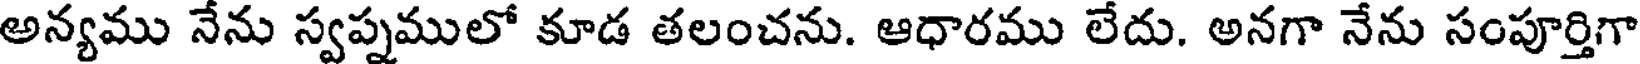
అన్యము నేను స్వప్నములో కూడ తలంచను. ఆధారము లేదు. అనగా నేను సంపూర్తిగా